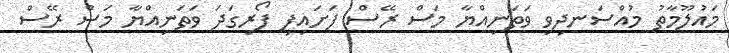
މައުލޫމާތު މުއްސަނދިވި ވަތަނިއްޔާ މަސް ރޭސް ފަށައިފި ފޯރިގަދަ ވަތަނިއްޔާ މަސް ރޭސް